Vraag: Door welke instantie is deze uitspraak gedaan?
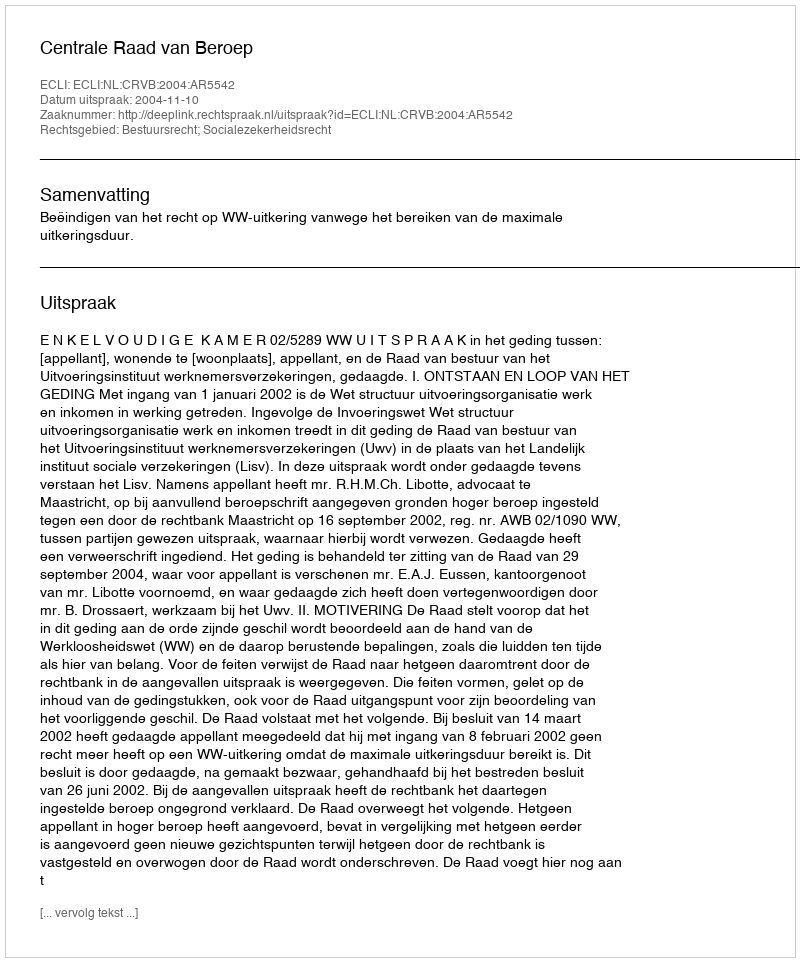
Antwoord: Centrale Raad van Beroep